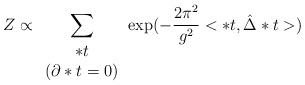
\begin{align*}Z \propto \sum_{ \begin{array} {c} *t\\ \left( \partial *t = 0 \right) \end{array} }\exp(-\frac{2\pi^2}{g^2} <*t,\hat{\Delta}*t>)\end{align*}